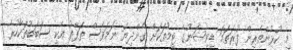
މި ކުޅުންތެރިން ފުރަތަމަ ޑިވިޝަނުގެ ޓީމުތަކަށް ގެންދިޔަ ނަމަވެސް ތަފާތު އެކި ސަބަބުތަކާހުރެ